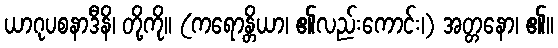
ယာဂုပစနာဒီနိ၊ တို့ကို။ (ကရောန္တိယာ၊ ၏လည်းကောင်း၊) အတ္တနော၊ ၏။